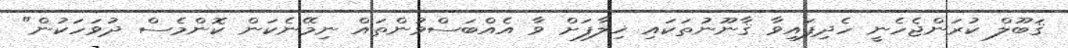
ޤަބޫލް ކުރަންޖެހެނީ ހެދިފައިވާ ޤާނޫނުތަކައި ޚިލާފަށް ވާ އެއްބަސްވުންތައް ނިމޭނެކަން ކޮންމެސް ދުވަހަކުން"